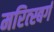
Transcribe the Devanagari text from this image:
मरित्स्बर्ग